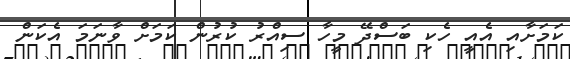
ކަމަށާއި އެއީ ހެކި ބަސްދޭ މީހާ ސިއްރު ކުރުން ކަމަށް ވާނަމަ އެކަން